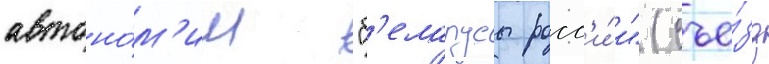
автоно́м'ии "б'еларусы росс'и́и" (съе́зд